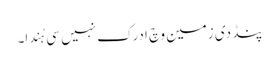
پنڈ دی زمین وچ ادرک نہیں سی ہُندا۔